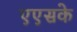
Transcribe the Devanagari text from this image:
एएसके